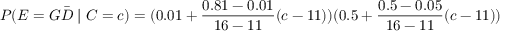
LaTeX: P ( E = G { \bar { D } } \mid C = c ) = ( 0 . 0 1 + { \frac { 0 . 8 1 - 0 . 0 1 } { 1 6 - 1 1 } } ( c - 1 1 ) ) ( 0 . 5 + { \frac { 0 . 5 - 0 . 0 5 } { 1 6 - 1 1 } } ( c - 1 1 ) )